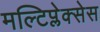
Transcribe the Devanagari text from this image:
मल्टिप्लेक्सेस